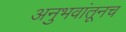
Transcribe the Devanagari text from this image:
अनुभवांतूनच